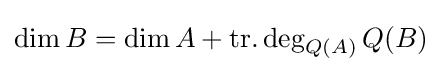
\dim B=\dim A+\operatorname {tr.deg} _{Q(A)}Q(B)